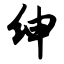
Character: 绅